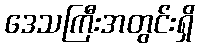
ဒေသကြီးအတွင်းရှိ